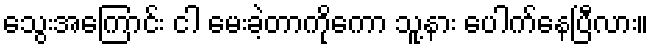
သွေးအကြောင်း ငါ မေးခဲ့တာကိုကော သူ့နား ပေါက်နေပြီလား။